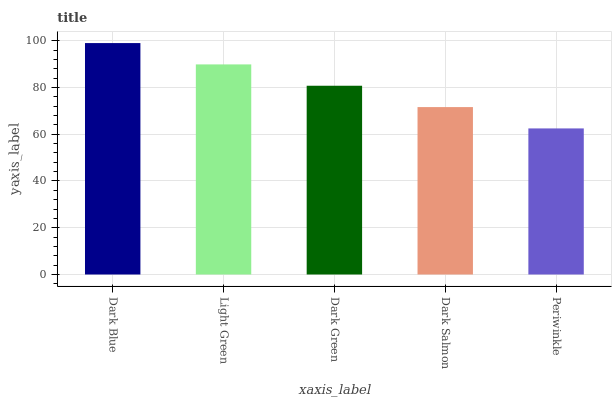
| xaxis_label | bars |
 | --- | --- |
 | Dark Blue | 99 |
 | Light Green | 89.9 |
 | Dark Green | 80.7 |
 | Dark Salmon | 71.6 |
 | Periwinkle | 62.5 |